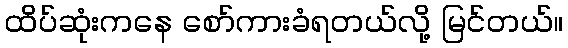
ထိပ်ဆုံးကနေ စော်ကားခံရတယ်လို့ မြင်တယ်။